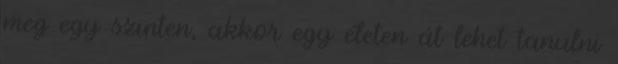
meg egy szinten, akkor egy életen át lehet tanulni